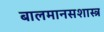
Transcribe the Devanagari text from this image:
बालमानसशास्त्र